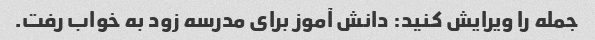
جمله را ویرایش کنید: دانش آموز برای مدرسه زود به خواب رفت.